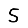
Digit: 5